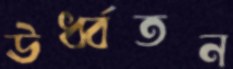
ঊর্ধ্বতন